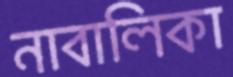
নাবালিকা